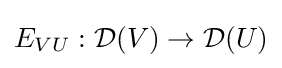
E_{VU}:{\mathcal {D}}(V)\to {\mathcal {D}}(U)